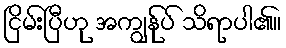
ငြိမ်းပြီဟု အကျွန်ုပ် သိရာပါ၏။